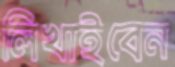
লিখাইবেন